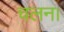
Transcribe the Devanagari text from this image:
चलन।